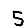
Digit: 5